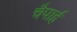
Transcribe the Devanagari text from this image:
चैपाई